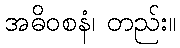
အဓိဝစနံ၊ တည်း။